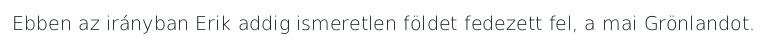
Ebben az irányban Erik addig ismeretlen földet fedezett fel, a mai Grönlandot.